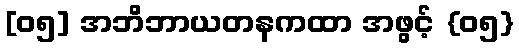
[၀၅] အဘိဘာယတနကထာ အဖွင့် {၀၅}